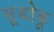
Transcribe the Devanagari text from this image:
सूडोकू